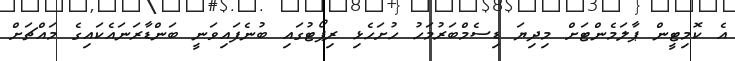
އެ ކޮމިޓީން ޕާލަމެންޓަށް މިދިޔަ ޑިސެމްބަރުމަހު ހުށަހެޅި ރިޕޯޓުގައި ބުނެފައިވަނީ ބަންޑާރަނައެކައިގެ މައްޗަށް